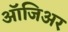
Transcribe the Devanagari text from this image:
ऑजिअर